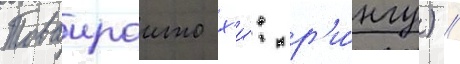
Товаираито х'и́: р'и́нгу) //